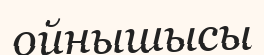
ойнышысы